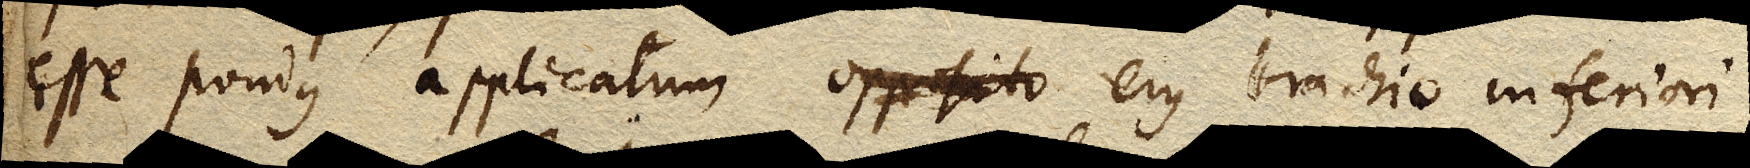
esse pondus applicatum opposito ejus brachio inferiori